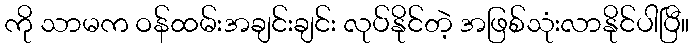
ကို သာမက ဝန်ထမ်းအချင်းချင်း လုပ်နိုင်တဲ့ အဖြစ်သုံးလာနိုင်ပါပြီ။